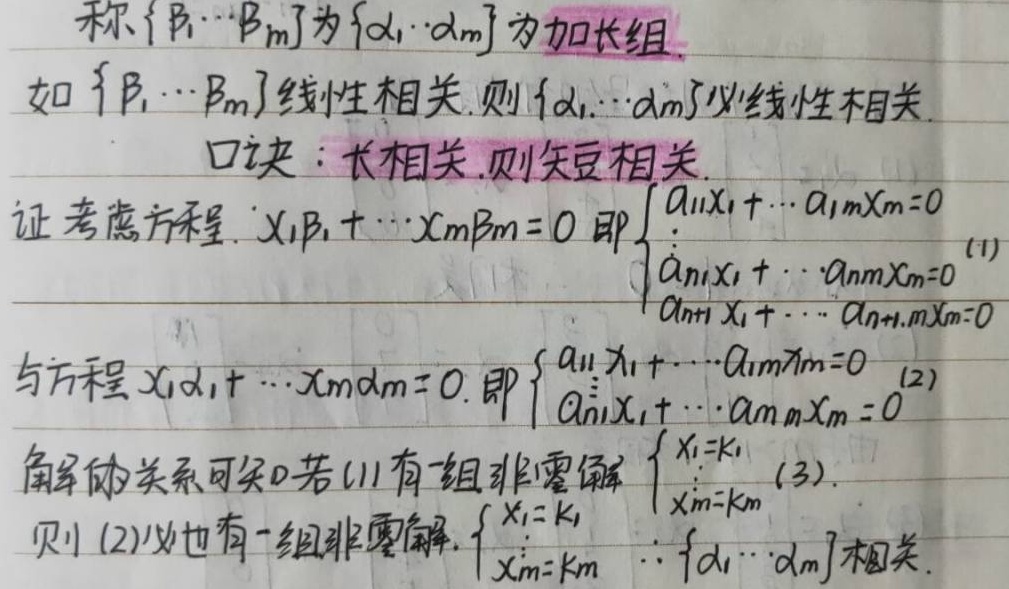
称\(\{ \beta_1, \cdots, \beta_m\}\)为\(\{ \alpha_1, \cdots, \alpha_m\}\)的加长组。若\(\{ \beta_1, \cdots, \beta_m\}\)线性相关，则\(\{ \alpha_1, \cdots, \alpha_m\}\)必线性相关。口诀：长相关，则短相关。

证：考虑方程 \(x_1\beta_1 + \cdots + x_m\beta_m = 0\)，即
\(\begin{cases}
a_{11}x_1+\cdots + a_{1m}x_m = 0\\
\vdots\\
a_{n1}x_1+\cdots + a_{nm}x_m = 0\\
a_{n + 1,1}x_1+\cdots + a_{n+1,m}x_m = 0
\end{cases}\ (1)\)
与方程 \(x_1\alpha_1+\cdots + x_m\alpha_m = 0\)，即
\(\begin{cases}
a_{11}x_1+\cdots + a_{1m}x_m = 0\\
\vdots\\
a_{n1}x_1+\cdots + a_{nm}x_m = 0
\end{cases}\ (2)\)
解的关系可知：若\((1)\)有一组非零解\(\begin{cases}x_1 = k_1\\\vdots\\x_m = k_m\end{cases}\ (3)\)，则\((2)\)必也有一组非零解\(\begin{cases}x_1 = k_1\\\vdots\\x_m = k_m\end{cases}\)。
\(\therefore \{ \alpha_1, \cdots, \alpha_m\}\)相关。